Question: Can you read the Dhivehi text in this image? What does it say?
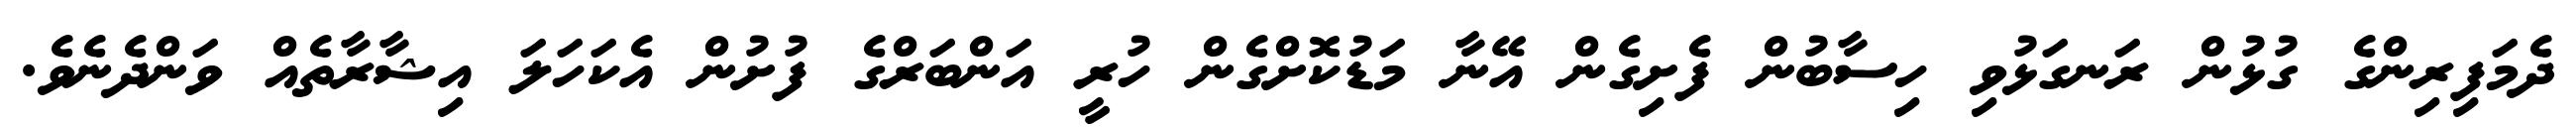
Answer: ދެމަފިރިންގެ ގުޅުން ރަނގަޅުވި ހިސާބުން ފެށިގެން އޭނާ މަޑުކޮށްގެން ހުރީ އަންބަރްގެ ފުށުން އެކަހަލަ އިޝާރާތެއް ވަންދެނެވެ.